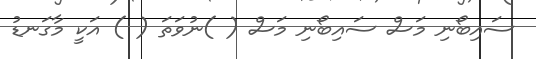
ސައިބޯނި މަސް ސައިބޯނި މަސް ( )ނުވަތަ ( ) އަކީ މާގަނޑު